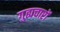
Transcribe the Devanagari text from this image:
गुह्यचारों